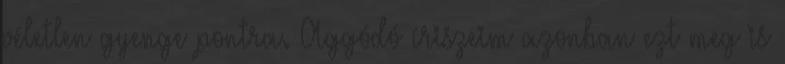
véletlen gyenge pontra. Aggódó íriszeim azonban ezt meg is